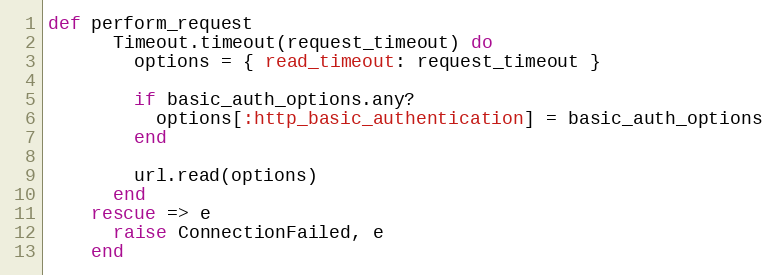
Language: Ruby
def perform_request
      Timeout.timeout(request_timeout) do
        options = { read_timeout: request_timeout }

        if basic_auth_options.any?
          options[:http_basic_authentication] = basic_auth_options
        end

        url.read(options)
      end
    rescue => e
      raise ConnectionFailed, e
    end